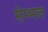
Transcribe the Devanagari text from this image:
सेम्भल